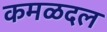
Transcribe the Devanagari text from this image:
कमळदल